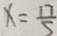
x = \frac { 1 7 } { 5 }